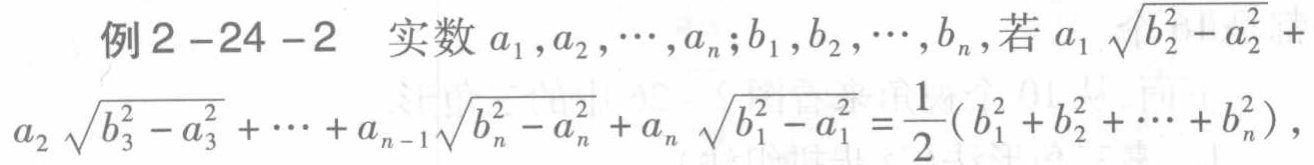
例2 -24 -2  实数 \(a_1,a_2,\cdots,a_n;b_1,b_2,\cdots,b_n\)，若 \(a_1\sqrt{b_2^2 - a_2^2}+a_2\sqrt{b_3^2 - a_3^2}+\cdots + a_{n - 1}\sqrt{b_n^2 - a_n^2}+a_n\sqrt{b_1^2 - a_1^2}=\frac{1}{2}(b_1^2 + b_2^2+\cdots + b_n^2)\)，